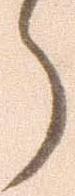
う